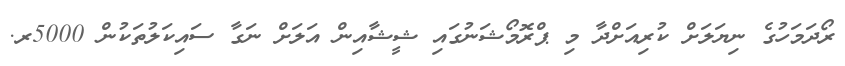
ރޯދަމަހުގެ ނިޔަލަށް ކުރިއަށްދާ މި ޕްރޮމޯޝަނުގައި ޝީޝާއިން އަލަށް ނަގާ ސައިކަލުތަކުން 5000ރ.